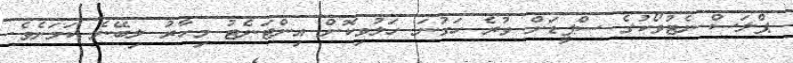
ޕްލަސް ނެޓުވޯކުގެ ސްޕީޑަށް ވުރެ ހަގުނަ ހަލުވިކޮށް އިންޓަނެޓު މިހާރު ލިބޭނެ ކަމަށެވެ.